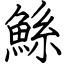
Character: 鯀